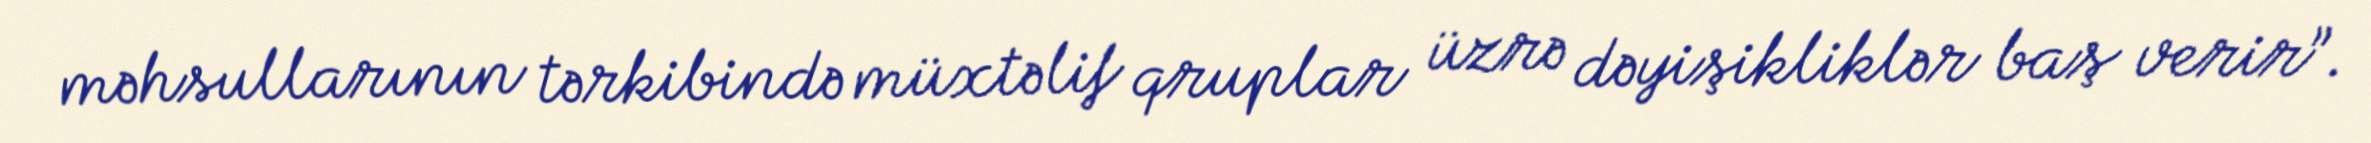
məhsullarının tərkibində müxtəlif qruplar üzrə dəyişikliklər baş verir”.